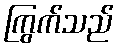
ကြွက်သည်